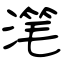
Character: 滗